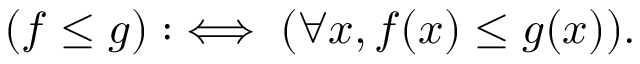
( f \leq g ) : \iff ( \forall x , f ( x ) \leq g ( x ) ) .